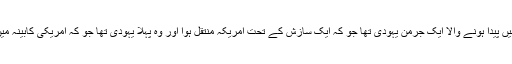
آسکر سالومن سٹراس سنہ 1850 میں پیدا ہونے والا ایک جرمن یہودی تھا جو کہ ایک سازش کے تحت امریکہ منتقل ہوا اور وہ پہلا یہودی تھا جو کہ امریکی کابینہ میں وزارت کے منصب تک جا پہنچا۔